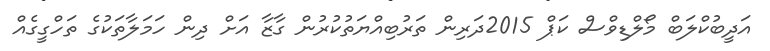
އަދީބުކްލަބް މޯލްޑިވްސް ކަޕް 2015ދަރިން ތަރުބިއްޔަތުކުރުން ގާޒާ އަށް ދިން ހަމަލާތަކުގެ ތަހްގީގެއް